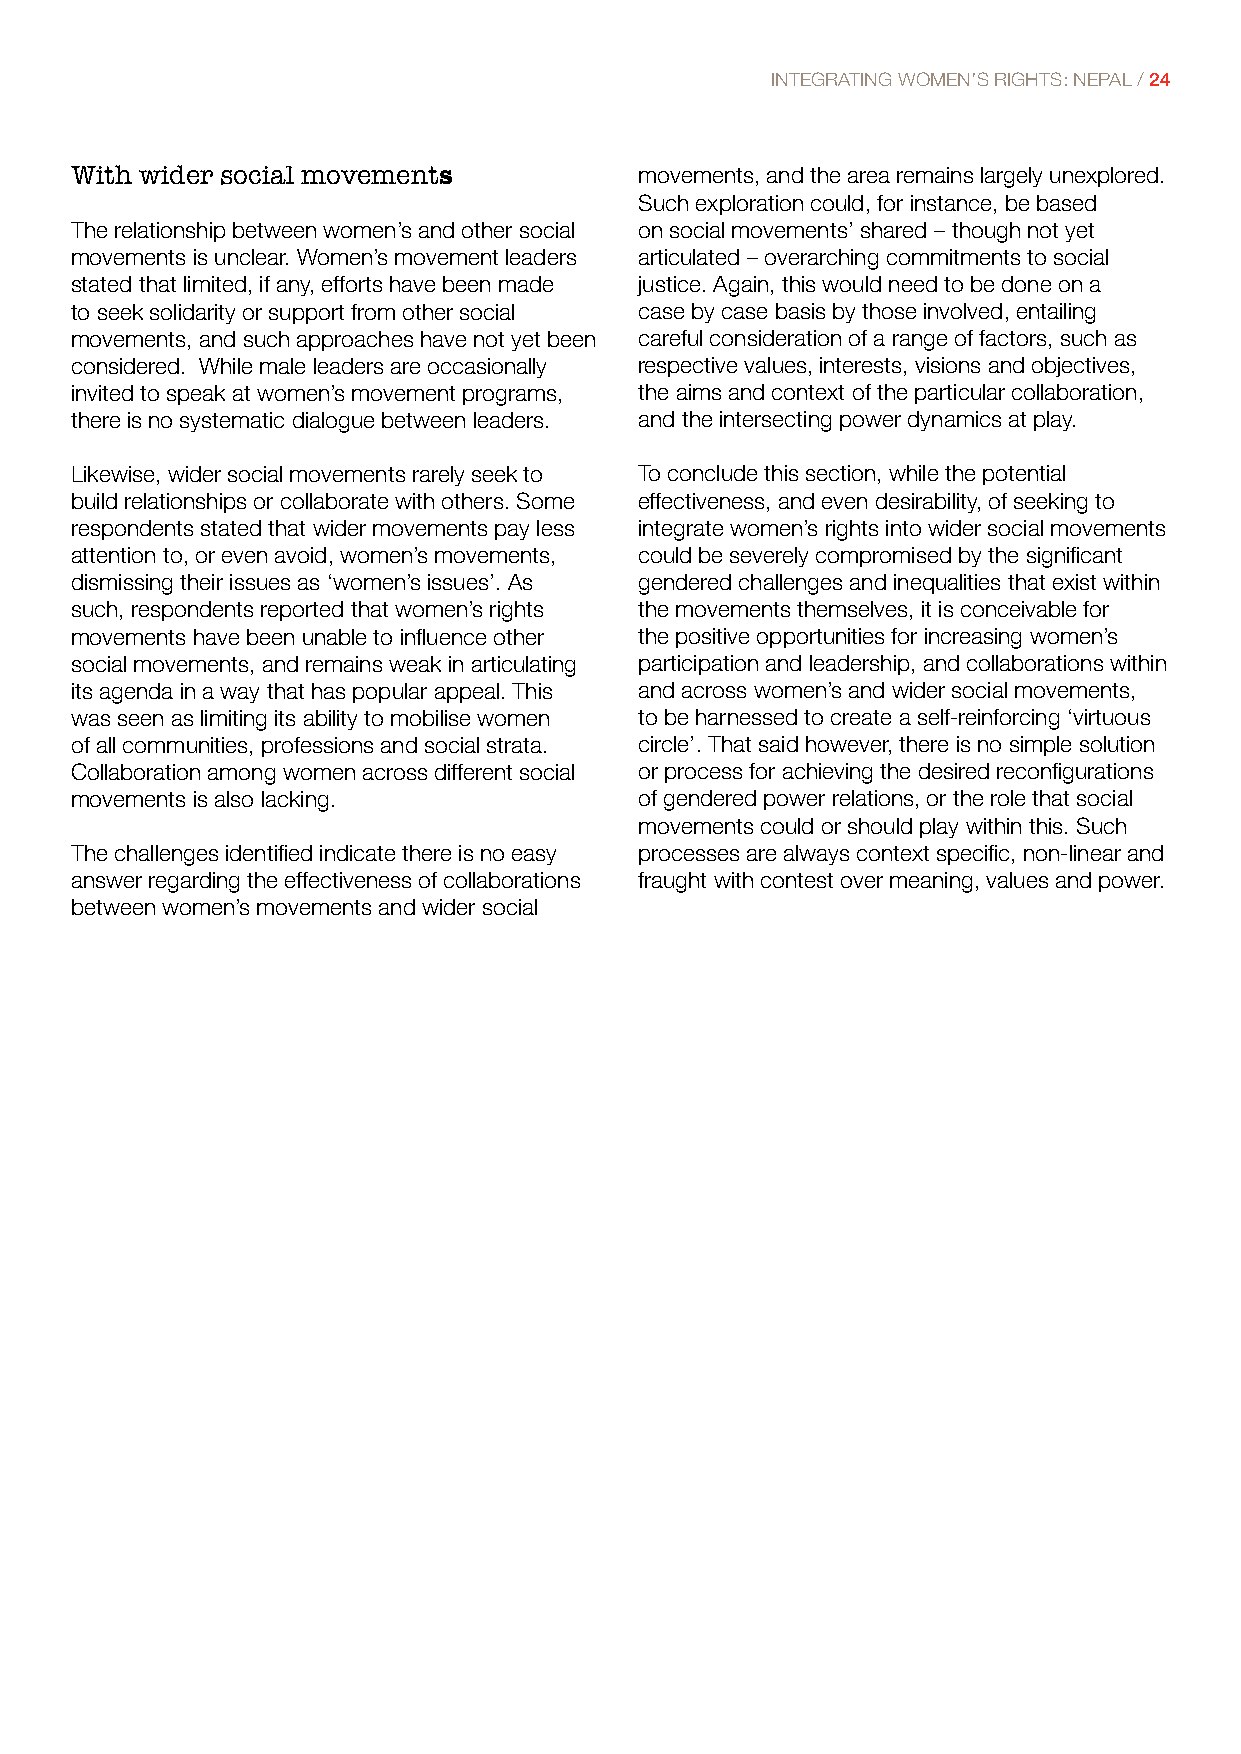
INTEGRATING WOMEN’S RIGHTS: NEPAL / 24
 With wider social movements          movements, and the area remains largely unexplored.
 Such exploration could, for instance, be based
 The relationship between women’s and other social on social movements’ shared – though not yet
 movements is unclear. Women’s movement leaders articulated – overarching commitments to social
 stated that limited, if any, efforts have been made justice. Again, this would need to be done on a
 to seek solidarity or support from other social case by case basis by those involved, entailing
 movements, and such approaches have not yet been careful consideration of a range of factors, such as
 considered. While male leaders are occasionally respective values, interests, visions and objectives,
 invited to speak at women’s movement programs, the aims and context of the particular collaboration,
 there is no systematic dialogue between leaders. and the intersecting power dynamics at play.
 Likewise, wider social movements rarely seek to To conclude this section, while the potential
 build relationships or collaborate with others. Some effectiveness, and even desirability, of seeking to
 respondents stated that wider movements pay less integrate women’s rights into wider social movements
 attention to, or even avoid, women’s movements, could be severely compromised by the significant
 dismissing their issues as ‘women’s issues’. As gendered challenges and inequalities that exist within
 such, respondents reported that women’s rights the movements themselves, it is conceivable for
 movements have been unable to influence other the positive opportunities for increasing women’s
 social movements, and remains weak in articulating participation and leadership, and collaborations within
 its agenda in a way that has popular appeal. This and across women’s and wider social movements,
 was seen as limiting its ability to mobilise women to be harnessed to create a self-reinforcing ‘virtuous
 of all communities, professions and social strata. circle’. That said however, there is no simple solution
 Collaboration among women across different social or process for achieving the desired reconfigurations
 movements is also lacking.           of gendered power relations, or the role that social
 movements could or should play within this. Such
 The challenges identified indicate there is no easy processes are always context specific, non-linear and
 answer regarding the effectiveness of collaborations fraught with contest over meaning, values and power.
 between women’s movements and wider social